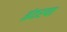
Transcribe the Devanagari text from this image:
इंटरचा